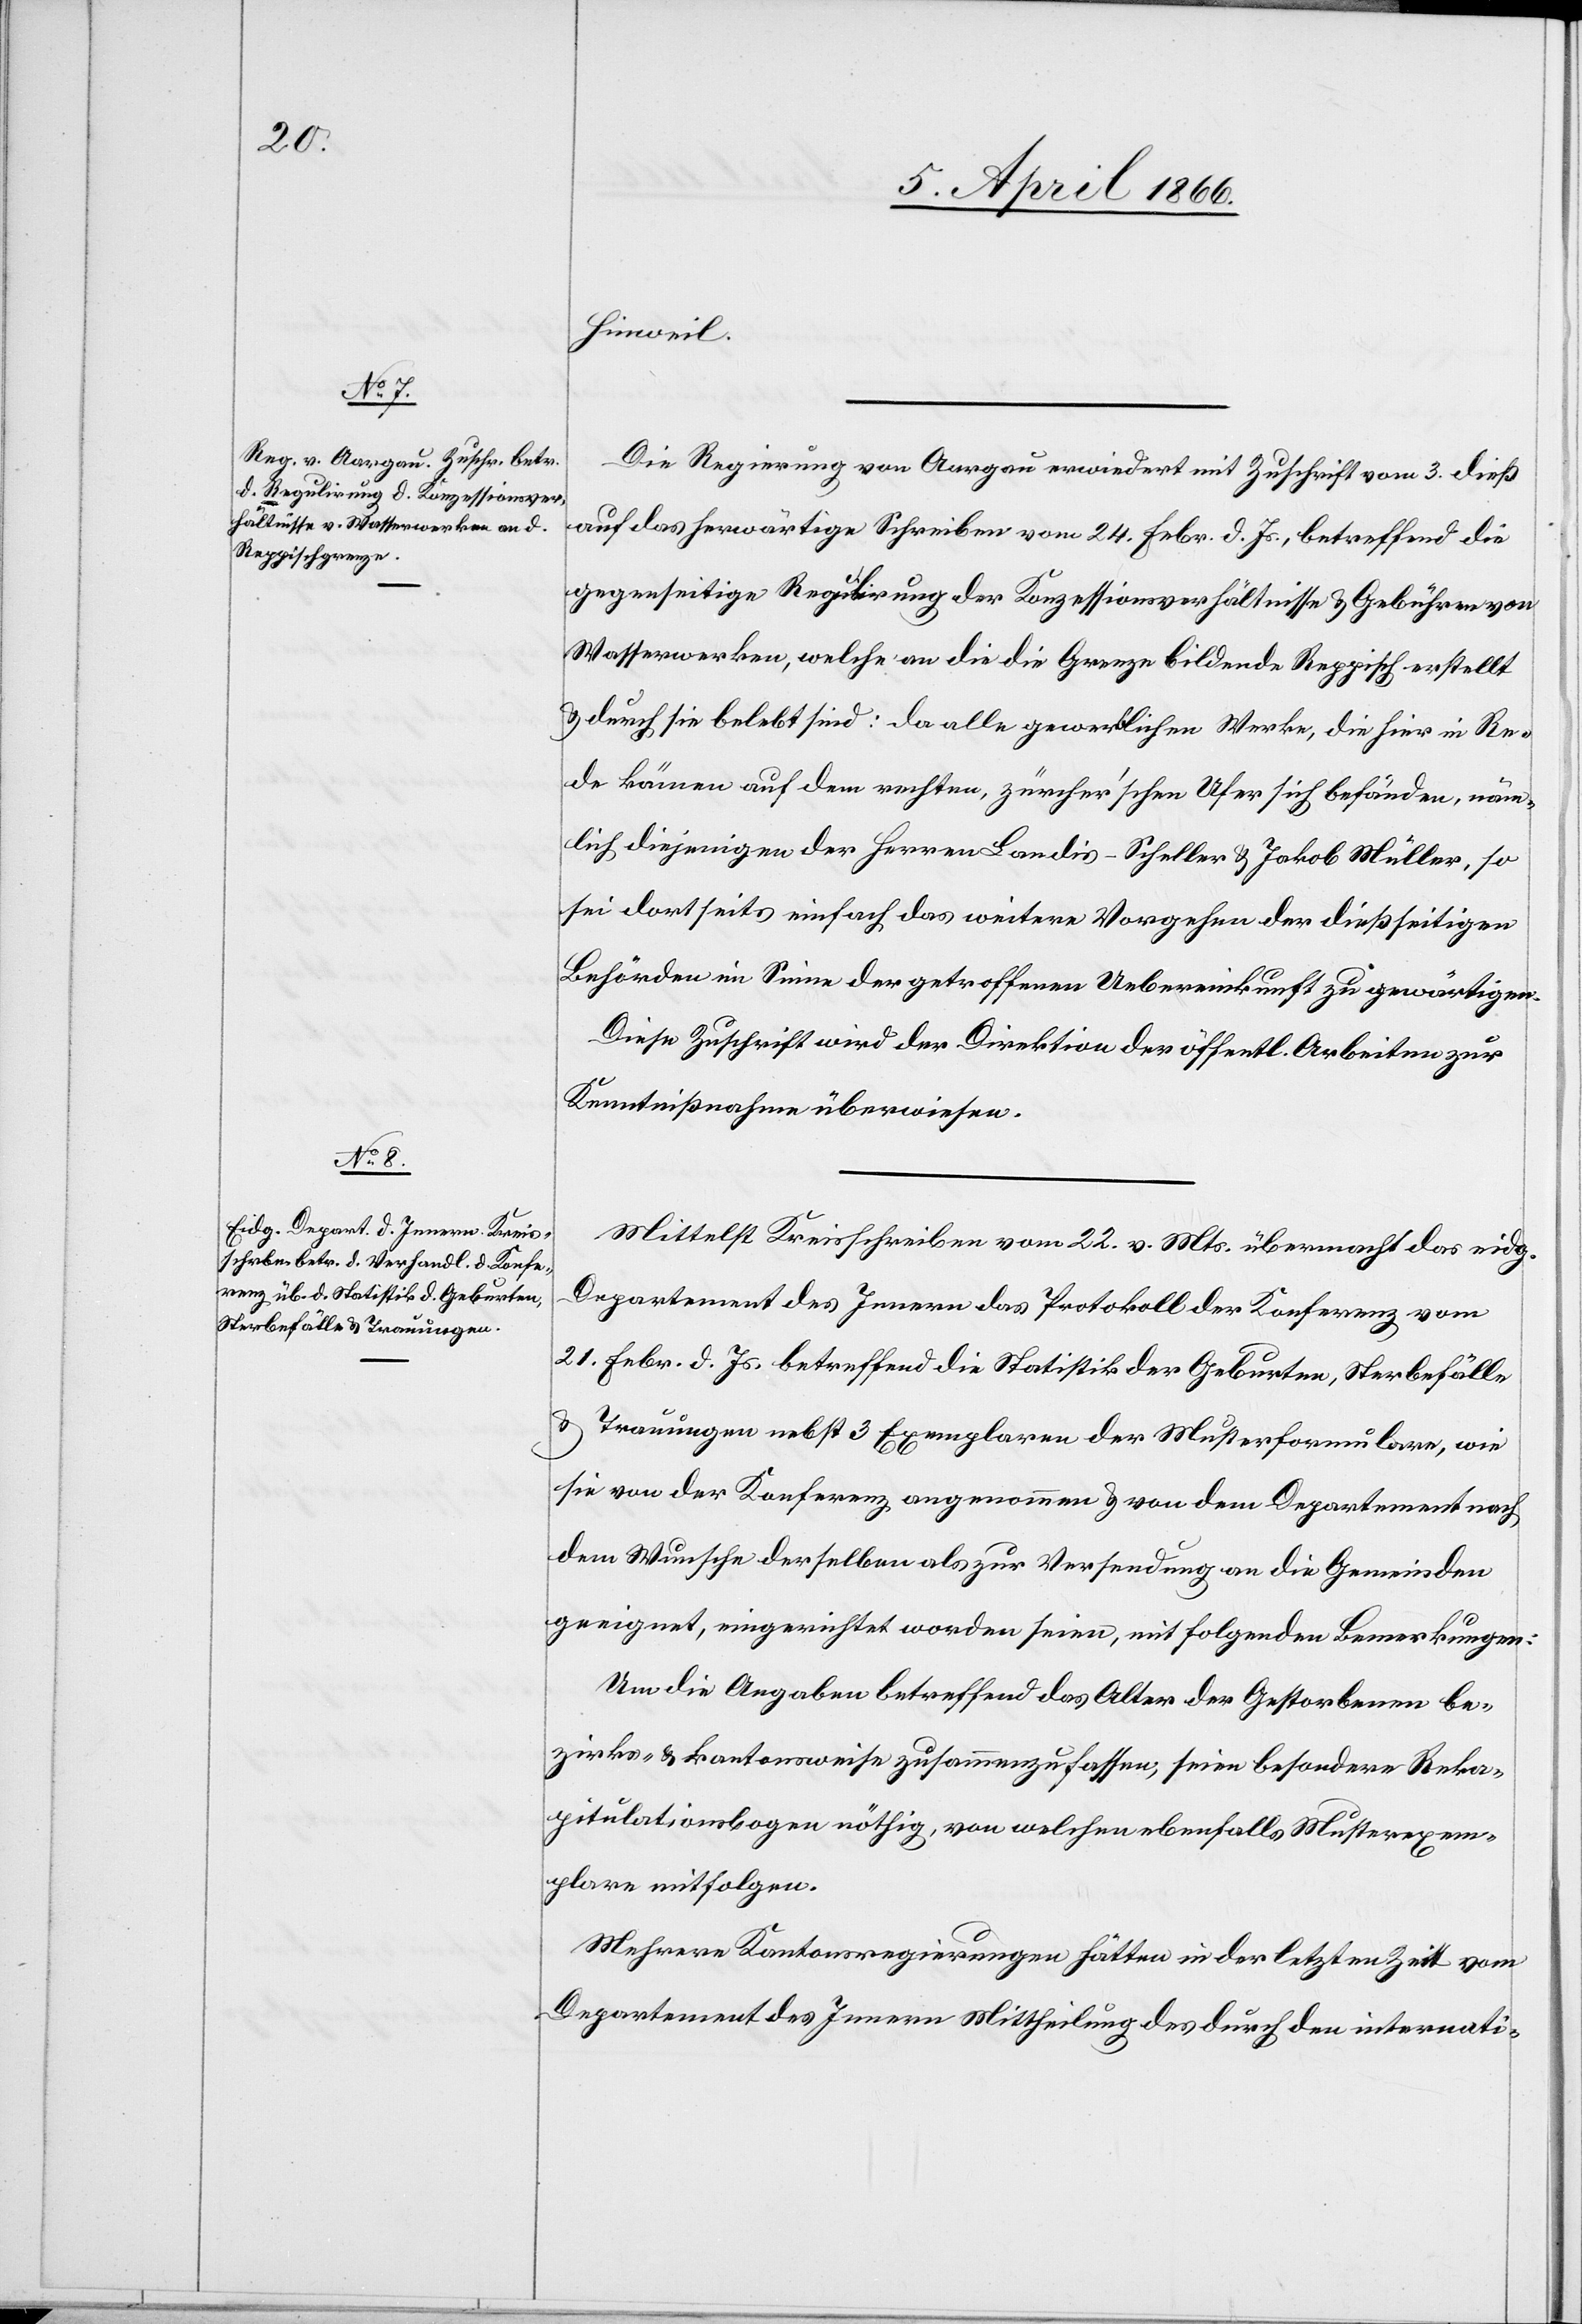
Hinweil.
Die Regierung von Aargau erwiedert mit Zuschrift vom 3. dieß
auf das herwärtige Schreiben vom 24. Febr. d Js., betreffend die
gegenseitige Regulirung der Konzessionsverhältnisse u. Gebühren von
Wasserwerken, welche an die die Grenze bildende Reppisch erstellt
u. durch sie belebt sind: da alle gewerblichen Werke, die hier in Re¬
de kömen auf dem rechten, zürcher’schen Ufer sich befänden, näm¬
lich diejenigen der Herrn Landis-Scheller u. Jakob Müller so
sei dortseits einfach das weitere Vorgehen der dießseitigen
Behörden im Sinne der getroffenen Uebereinkunft zu gewärtigen.
Diese Zuschrift wird der Direktion der öffentl. Arbeiten zur
Kenntnißnahme überwiesen.
Mittelst Kreisschreiben vom 22. v. Mts. übermacht das eidg.
Departement des Innern das Protokoll der Konferenz vom
21. Febr. d. Js. betreffend die Statistik der Geburten, Sterbefälle
u. Trauungen nebst 3 Exemplaren der Musterformulare, wie
sie von der Konferenz derselben als zur Versendung an die Gemeinden
geeignet, eingereicht worden seien, mit folgenden Bemerkungen:
Um die Angaben betreffend das Alter der Gestorbenen be¬
zirks- u. kantonsweise zusammenzufassen, seien besondere Reka¬
pitulationsbögen nöthig, von welchen ebenfalls Musterexem¬
plare mitfolgen.
Mehrere Kantonsregierungen hätten in der letzten Zeit vom
Departement des Innern Mittheilung des durch den internati-